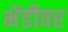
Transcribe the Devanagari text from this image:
भेंडीवर